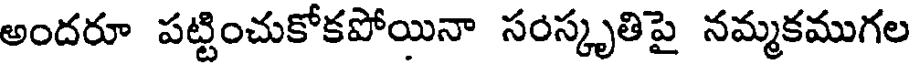
అందరూ పట్టించుకోకపోయినా సంస్కృతిపై నమ్మకముగల